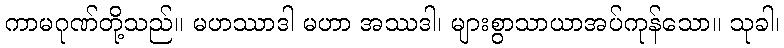
ကာမဂုဏ်တို့သည်။ မဟဿာဒါ မဟာ အဿဒါ၊ များစွာသာယာအပ်ကုန်သော။ သုခါ၊